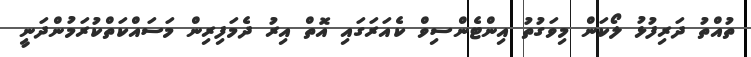
ތުއްތު ދަރިފުޅު ލޯކަން މިވަގުތު އިންޓެންސިވް ކެއަރަގައި އޮތް އިރު ދެމަފިރިން މަސައްކަތްކުރަމުންދަނީ